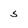
Character: 5